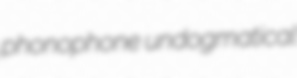
phonophone undogmatical